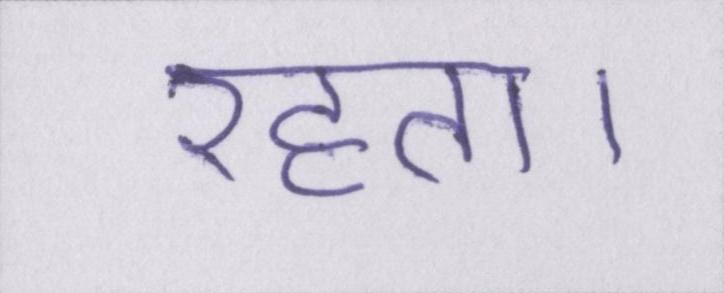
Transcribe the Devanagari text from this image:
रहता।